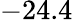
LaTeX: -24.4